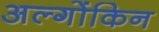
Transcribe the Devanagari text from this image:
अल्गोंकिन